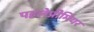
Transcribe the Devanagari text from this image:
पहलेप्रीमियर